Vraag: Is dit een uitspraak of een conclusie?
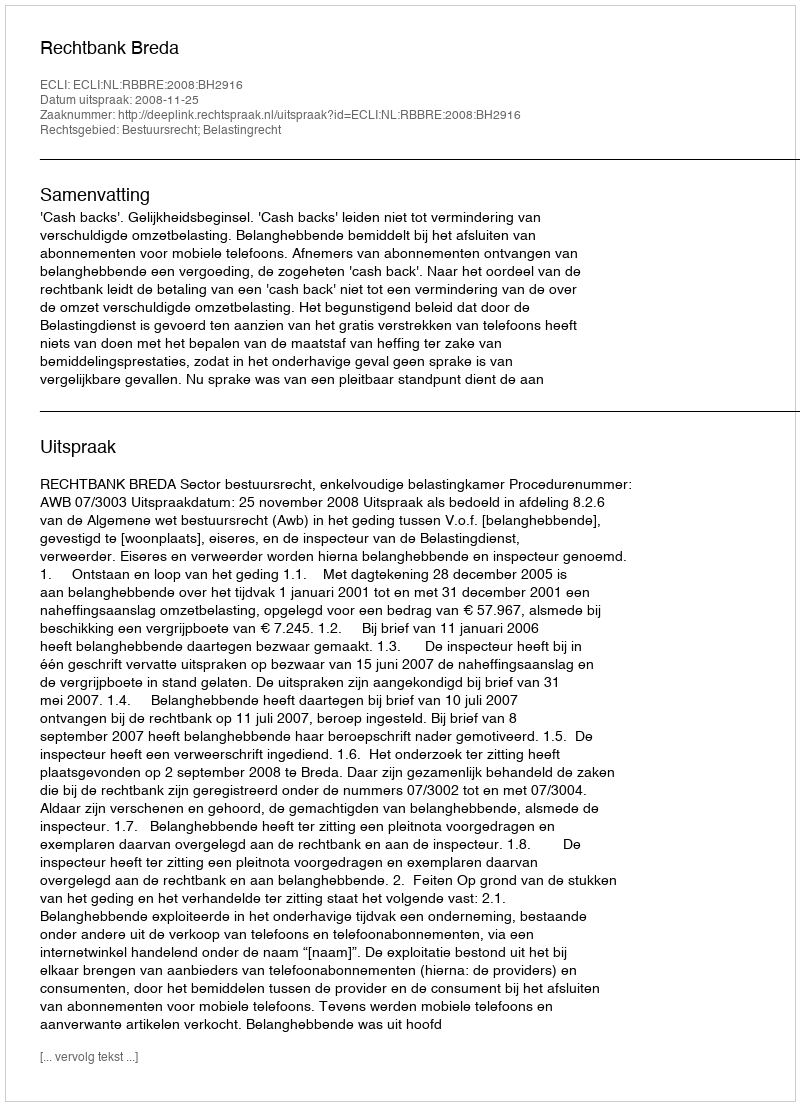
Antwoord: Uitspraak